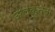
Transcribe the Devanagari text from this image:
अलंकृतता